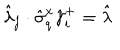
LaTeX: \hat { \lambda } _ { j } \cdot \hat { \sigma } _ { q } ^ { x } \hat { \gamma } _ { i } ^ { + } = \hat { \lambda }